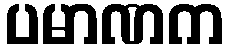
ပမာဏက